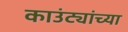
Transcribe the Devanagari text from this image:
काउंट्यांच्या